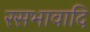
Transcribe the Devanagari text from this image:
रसभावादि